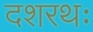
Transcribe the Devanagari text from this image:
दशरथः